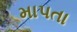
માપતા